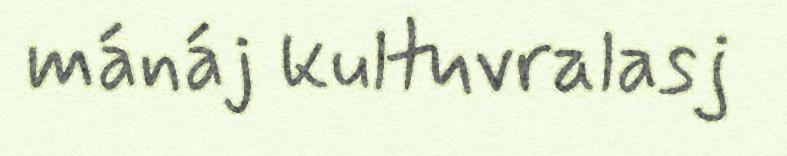
mánáj kultuvralasj